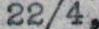
22/4,